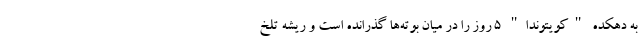
به دهکده "کویتوندا" 5 روز را در میان بوته‌ها گذرانده است و ریشه تلخ